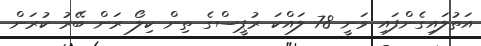
އަތުލައިގެންފައި ވަނީ 78 ލައްކަ ރުޕީސްގެ ތިން ކިލޯ ރަން ބޭރު ކުރަން